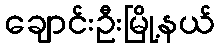
ချောင်းဦးမြို့နယ်